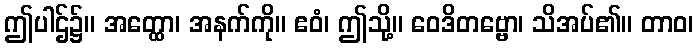
ဤပါဌ်၌။ အတ္ထော၊ အနက်ကို။ ဧဝံ၊ ဤသို့။ ဝေဒိတဗ္ဗော၊ သိအပ်၏။ တာဝ၊